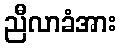
ညီလာခံအား